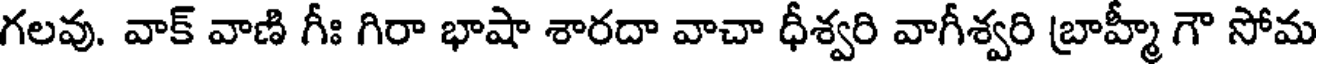
గలవు. వాక్ వాణి గీః గిరా భాషా శారదా వాచా ధీశ్వరి వాగీశ్వరి బ్రాహ్మీ గౌ సోమ